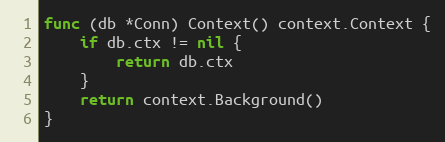
Language: Go
func (db *Conn) Context() context.Context {
	if db.ctx != nil {
		return db.ctx
	}
	return context.Background()
}